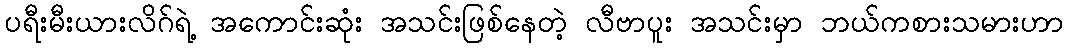
ပရီးမီးယားလိဂ်ရဲ့ အကောင်းဆုံး အသင်းဖြစ်နေတဲ့ လီဗာပူး အသင်းမှာ ဘယ်ကစားသမားဟာ